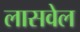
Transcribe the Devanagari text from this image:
लासवेल